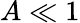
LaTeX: A\ll 1